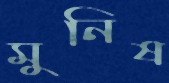
মুনিষ